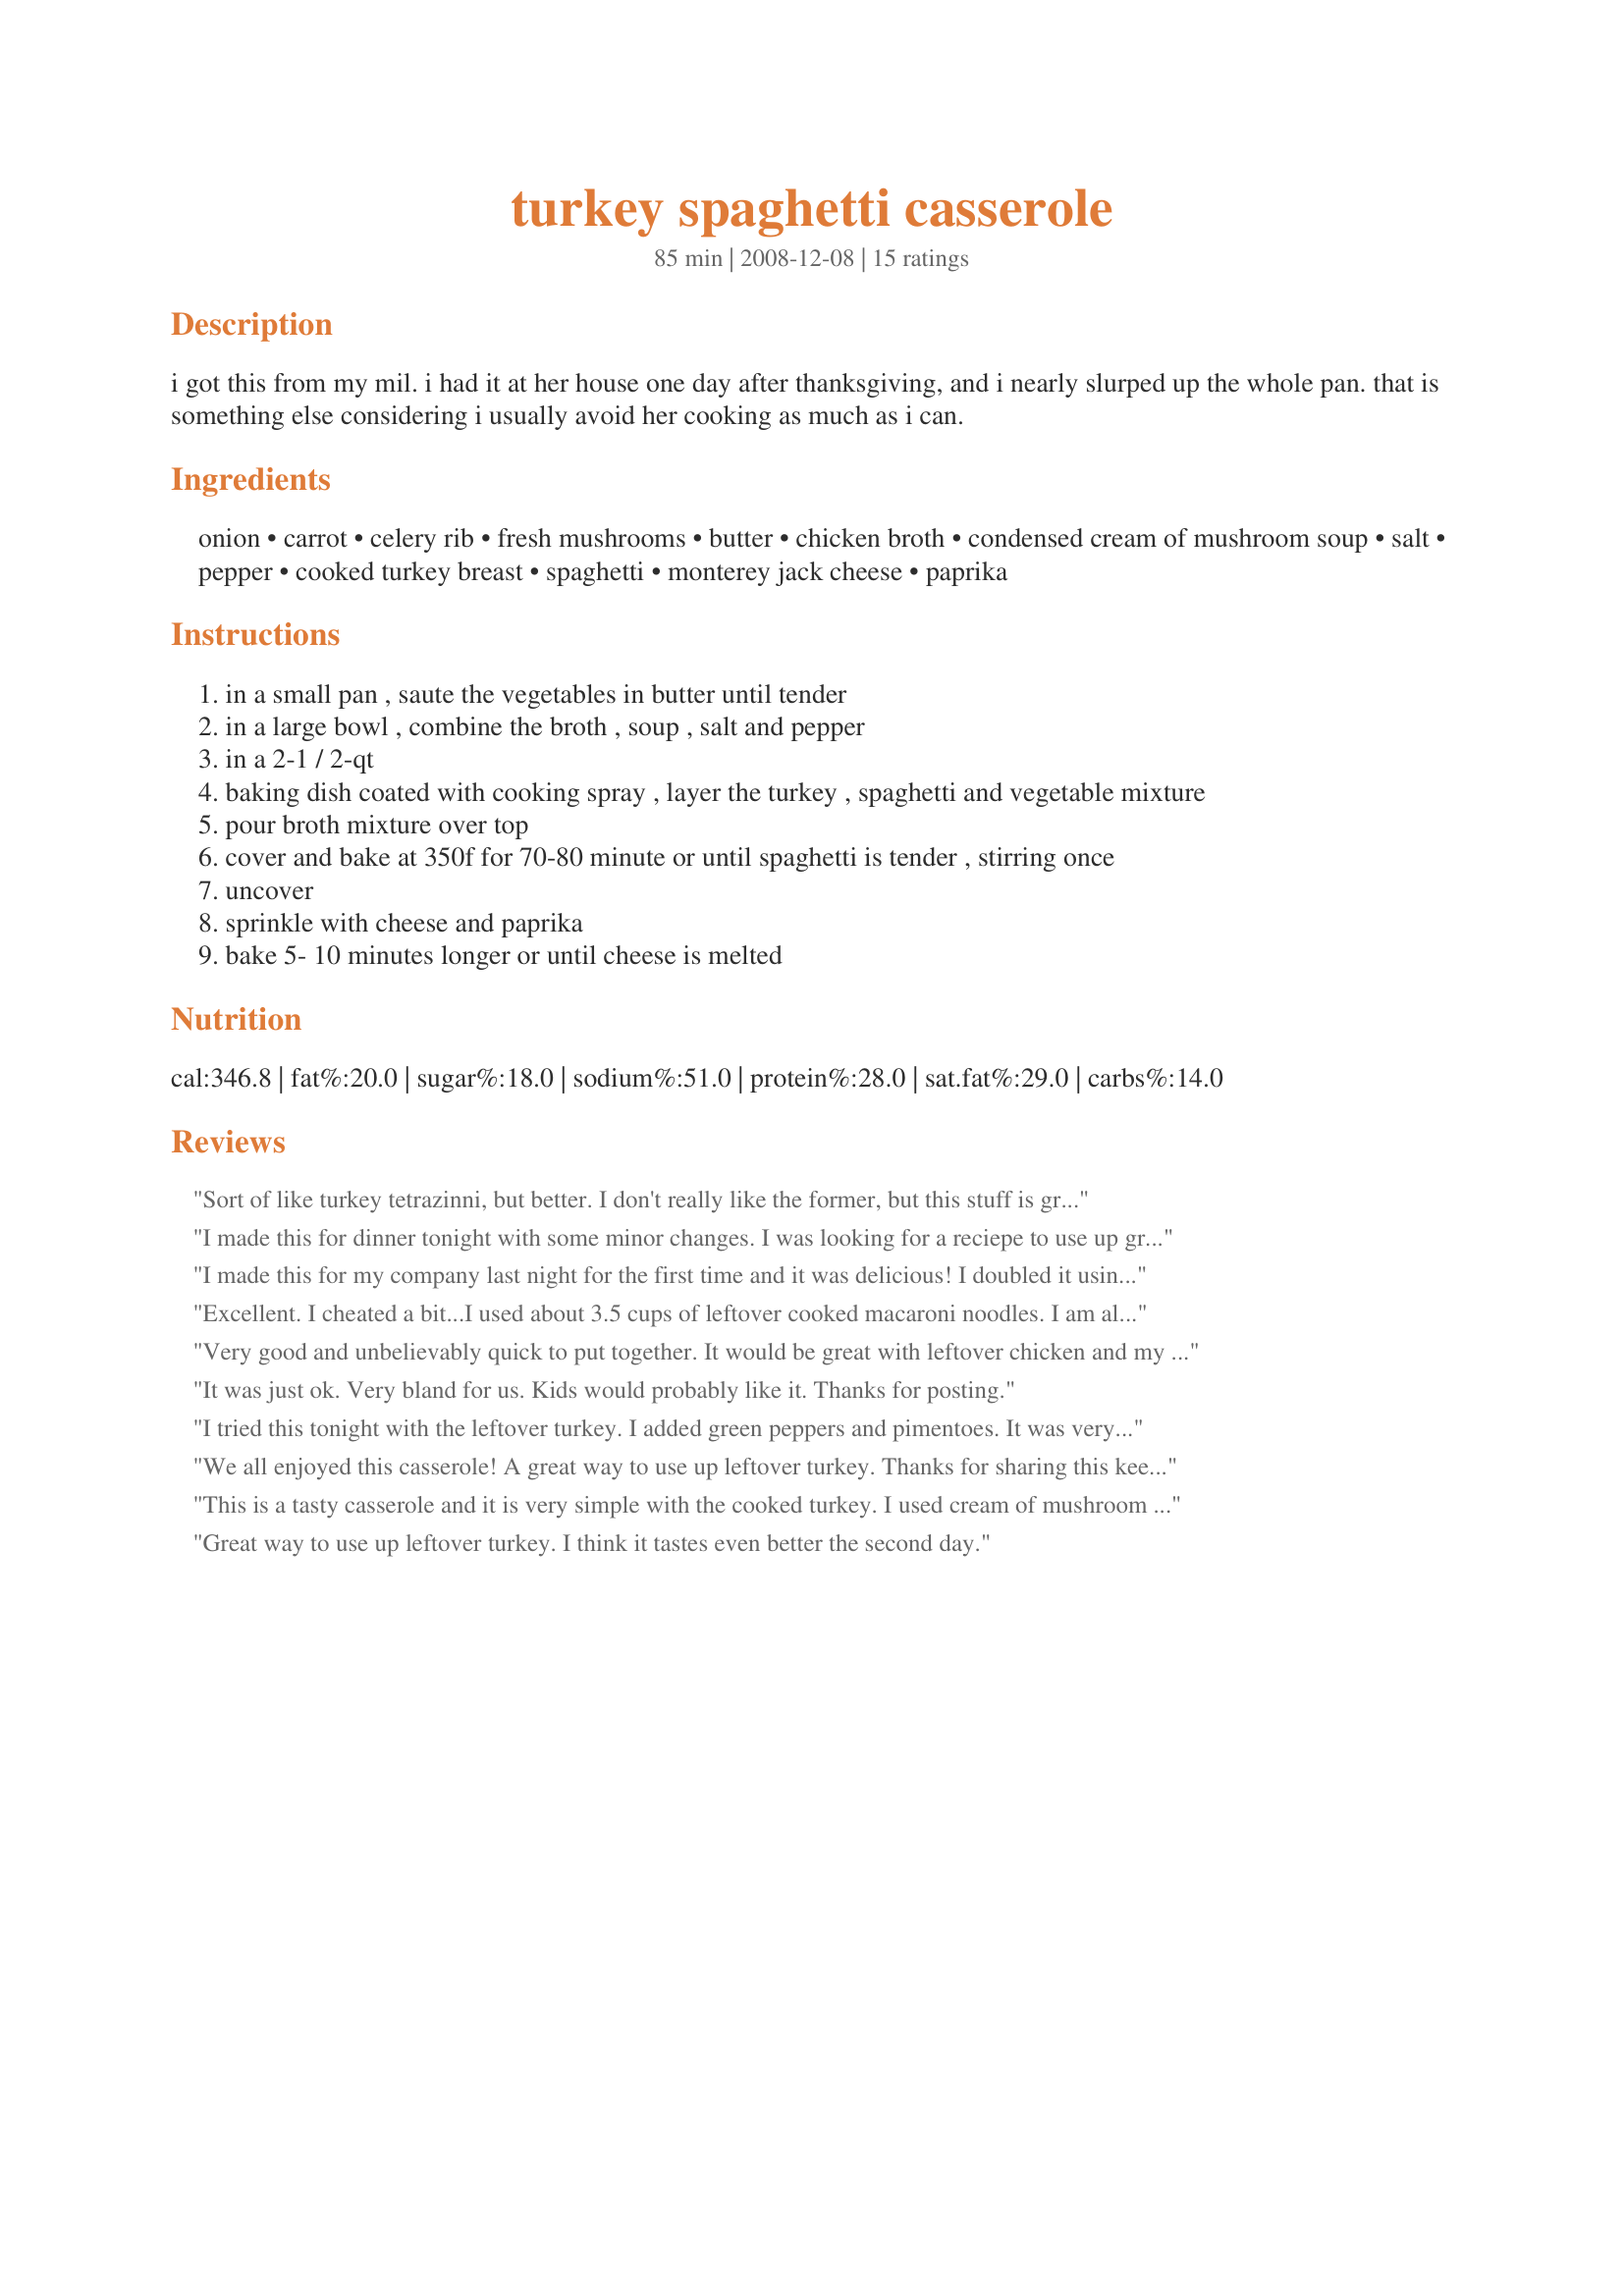
turkey spaghetti casserole
Preparation time: 85 minutes

i got this from my mil. i had it at her house one day after thanksgiving, and i nearly slurped up the whole pan. that is something else considering i usually avoid her cooking as much as i can.

Ingredients:
onion, carrot, celery rib, fresh mushrooms, butter, chicken broth, condensed cream of mushroom soup, salt, pepper, cooked turkey breast, spaghetti, monterey jack cheese, paprika

Steps:
in a small pan , saute the vegetables in butter until tender
in a large bowl , combine the broth , soup , salt and pepper
in a 2-1 / 2-qt
baking dish coated with cooking spray , layer the turkey , spaghetti and vegetable mixture
pour broth mixture over top
cover and bake at 350f for 70-80 minute or until spaghetti is tender , stirring once
uncover
sprinkle with cheese and paprika
bake 5- 10 minutes longer or until cheese is melted

Reviews:
Sort of like turkey tetrazinni, but better. I don't really like the former, but this stuff is great!
I made this for dinner tonight with some minor changes. I was looking for a reciepe to use up ground turkey that I've had in the freezer for awhile. I really don't care for ground turkey unless it has a sauce, so this is what I tried. I sauted a lot more mushrooms, carrots, onions, celery, and green peppers. The only problem that I had was that I should have put the spaghetti on the bottom, then turkey, vegetables, and so on. Cuz some of the spaghetti was sticking up above the casserole so some of the tips were hard. For some reason I thought the dish would bubble and cook all of it. Other than that it was very good. I left our paprika, but added parmasean cheese and chives on top of jack cheese. My husband kept saying, "This is awsome." He wants me to try it with left over shredded turkey. Which would be hard for me since I refuse to cook a bird. But I would consider making it with regular ground hamburger or shredded chicken. Thanks for the great reciepe.
I made this for my company last night for the first time and it was delicious! I doubled it using canned mushrooms instead of fresh. Instead of using two cans of soup though, I substituted one can for a cup of fat-free sour cream (to keep sodium level down). I used chicken breasts instead of turkey. It was yummy! Thanks for sharing.
Excellent. I cheated a bit...I used about 3.5 cups of leftover cooked macaroni noodles. I am also guilty of throwing in some Spike unsalted seasoning and a can of green beans to make it a meal. Broke it up into two servings so that I could cook one today and freeze one for later. Made for MAKE MY RECIPE.
Very good and unbelievably quick to put together. It would be great with leftover chicken and my son suggested shrimp. Another thing I liked about this recipe is that it uses simple ingredients that I always have in my pantry and fridge.
It was just ok. Very bland for us. Kids would probably like it. <br/>Thanks for posting.
I tried this tonight with the leftover turkey. I added green peppers and pimentoes. It was very good. This one is defintely a keeper.
We all enjoyed this casserole! A great way to use up leftover turkey. Thanks for sharing this keeper!
This is a tasty casserole and it is very simple with the cooked turkey. I used cream of mushroom soup with garlic and it added some wonderful flavor. Thanks for sharing!
Great way to use up leftover turkey. I think it tastes even better the second day.
I gave this a four star because I thought it was ok, but my husband loved it. I did twick it here and there. I didn't have a raw carrot so after my onion, celery (and green pepper) was cooked I added a can of carrots. I also added garlic. I used chicken instead of turkey and to speed things up I used cooked spaghetti. I thought my husband was going to eat the whole thing.
Great recipe! Very easy to find ingredients for and prepare. 
The flavor is different than the usual turkey noodle casseroles due to the carrots. It is a good different. 

I used whole wheat spaghetti and chicken rather than turkey. Delicious.
Very tasty and certainly a great way to use up leftovers although, on this occasion, I cooked up some turkey breasts using MsSally's Recipe #206176 for use in this and another turkey recipe, both of which I was planning to make in large quantities for the freezer. I doubled this recipe, but it was still quite quick to prepare. Except for using many more mushrooms (probably about three cups: I didn't measure them), I made this exactly to the recipe. We thoroughly enjoyed the serving we ate and are delighted that we have a healthy stockpile of future meals in the freezer. Thank you so much for sharing this recipe, Jess. All the ingredients went so well together. Delicious! It will certainly be one of my regular recipes when preparing meals ahead. Made for PRMR.
Yummy! Spiced with salt and pepper as recommended, but I'll probably try to cut that down next time. Very good recipe.
Easy, very good comfort food. Added extra veggies - leftovers were tasty next day too
